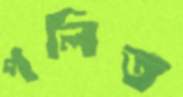
পলিত